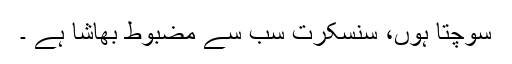
سوچتا ہوں، سنسکرت سب سے مضبوط بھاشا ہے ۔